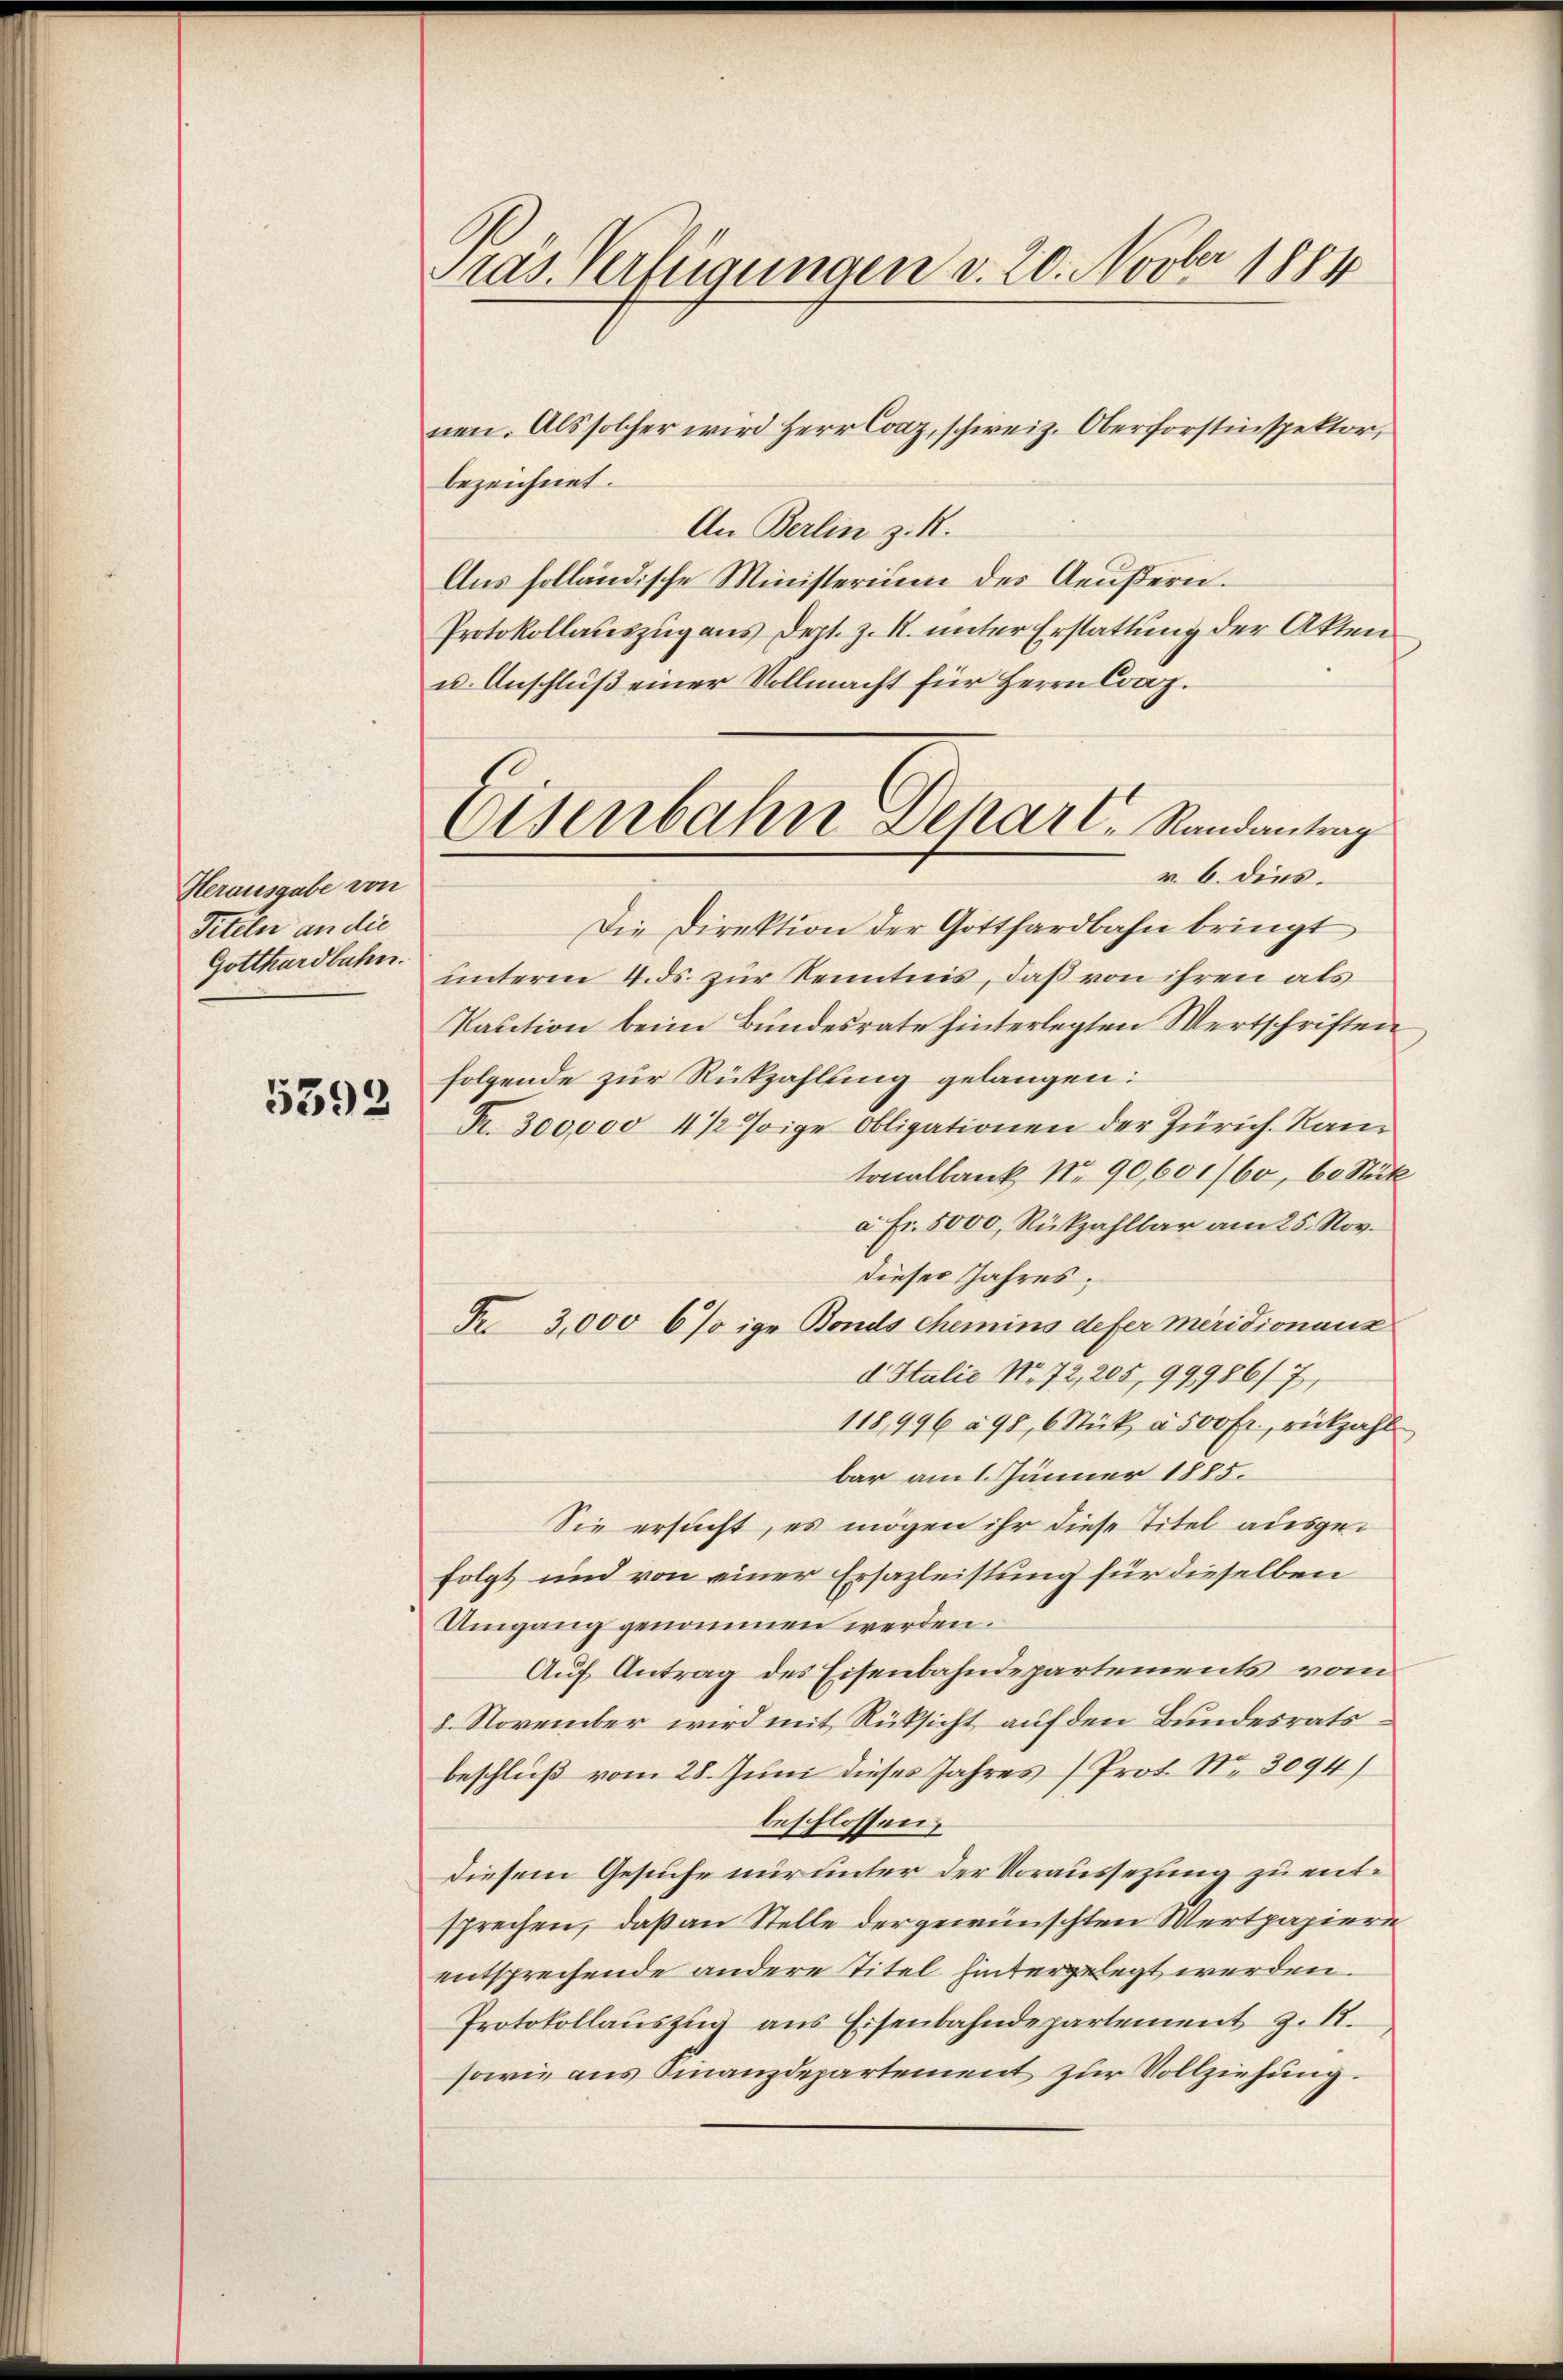
Herausgabe von
Titeln an die
Gotthardbahn.

5392

Pras Verfügungen v. 20. Novber 1884

nen. Als solcher wird Herr Coaz, schweiz. Oberforstinspektor,
bezeichnet.
An Berlin z. R.
Aus solländische Ministerium des Aeußern.
Protokollauszug aus Dept. z. K. unter Erstattung der Akten
u. Anschluß einer Vollmacht für Herrn Conz.
v. 6. dies.
Die Direktion der Gotthardbahn bringt
unterm 4. ds. zŭr Kenntnis, daß von ihren als
Kaution beim Bundesrate hinterlegten Wertschriften
folgende zur Rückzahlung gelangen:
Fr. 300,000 4 1/2 sige Obligationen der Zürich. Kantonalbank, No. 90,601/60, 60 Stük
a. Fr. 5000, Rückzahlbar am 25. Nov.
dieses Jahres;
Fr. 3,000 6sige Bonds Chemins defer meridionanz
d. Stulie No 72, 205, 99986/7,
118,996 à 98, 6 Stück à 500 Fr., rückzahl
bar am 1. Jänner 1885.
Sie ersucht, es mögen ihr diese Titel ausgefolgt und von einer Ersazleistung für dieselben
Umgang genommen werden.
Auf Antrag des Eisenbahndepartements vom
8. November wird mit Rüksicht auf den Bundesrats
beschluß vom 28. Juni dieses Jahres (Prot. No. 3094/
beschlossen,
diesem Gesuche nur unter der Voraussezung zu entsprechen, daß an Stelle der gewünschten Wertpapiere
entsprechende andere Titel hintergelegt werden.
Protokollauszug aus Eisenbahndepartement z. 18.
sowie aus Finanzdepartement zur Vollziehung.

Eisenbahn Deparl. Randantrag